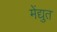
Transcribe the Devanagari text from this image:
मेंद्युत